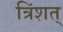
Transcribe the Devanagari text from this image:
त्रिंशत्